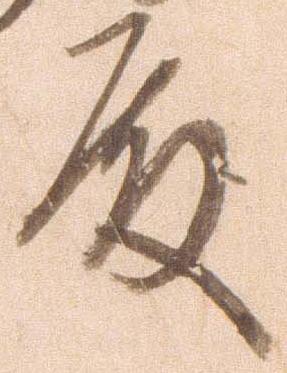
殿